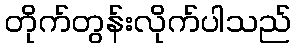
တိုက်တွန်းလိုက်ပါသည်